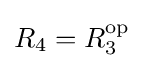
R_{4}=R_{3}^{\text{op}}